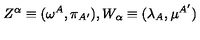
Z ^ { \alpha } \equiv ( \omega ^ { A } , \pi _ { A ^ { \prime } } ) , W _ { \alpha } \equiv ( \lambda _ { A } , \mu ^ { A ^ { \prime } } )